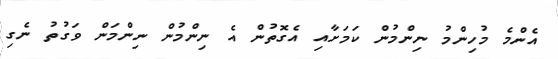
އެންމެ މުހިންމު ނިންމުން ކަމަށާއި އެގޮތުން އެ ނިންމުން ނިންމަން ވަގުތު ނެގި